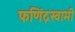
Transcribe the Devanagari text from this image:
फणिंद्रस्वामी